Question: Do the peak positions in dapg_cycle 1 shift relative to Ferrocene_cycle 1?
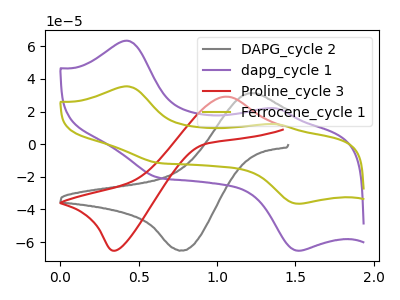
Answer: <think>The gray curve "DAPG_cycle 2" has an anodic peak at (1.20V, 31.25uA) and a cathodic peak at (0.75V, -65.05uA). The purple curve "dapg_cycle 1" has anodic peaks at (0.45V, 63.35uA) (1.40V, 21.90uA) and cathodic peaks at (1.50V, -65.25uA) (0.65V, -20.60uA). The red curve "Proline_cycle 3" has an anodic peak at (1.05V, 29.05uA) and a cathodic peak at (0.35V, -65.20uA). The olive curve "Ferrocene_cycle 1" has anodic peaks at (0.45V, 35.40uA) (1.40V, 12.25uA) and cathodic peaks at (1.50V, -36.45uA) (0.65V, -11.50uA).
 All the peaks in "dapg_cycle 1" have a peak in "Ferrocene_cycle 1" at the same potential. Every peak in "dapg_cycle 1" is higher than every peak in "Ferrocene_cycle 1".</think>
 <answer>No, "dapg_cycle 1" and "Ferrocene_cycle 1" don't appear to be significantly different in shape</answer>
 <eval>no_change</eval>